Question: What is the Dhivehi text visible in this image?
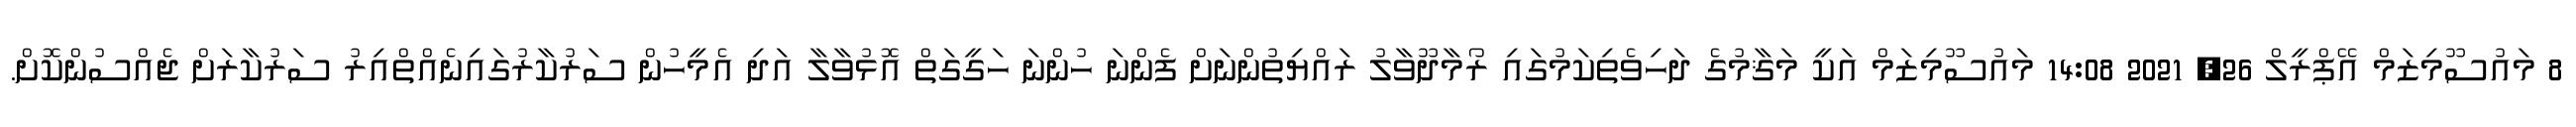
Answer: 8 މައުސޫމިޒަމް އޭޕްރީލް 26, 2021 14:08 މައުސޫމިޒަމް އަކީ މަޤާމުގެ ދަހިވެތިކަމުގައި ރޯމާދޫވާލު ރައްޔިތުންނަށް ފެންނަ ހުންނަ ހަގީގަތް އޮޅުވާލާ އަދި އެމީހުން ސަރުކާރުގައިނެއްތްއިރު ސަރުކާރަށް ޖެއްސުންކޮށް.